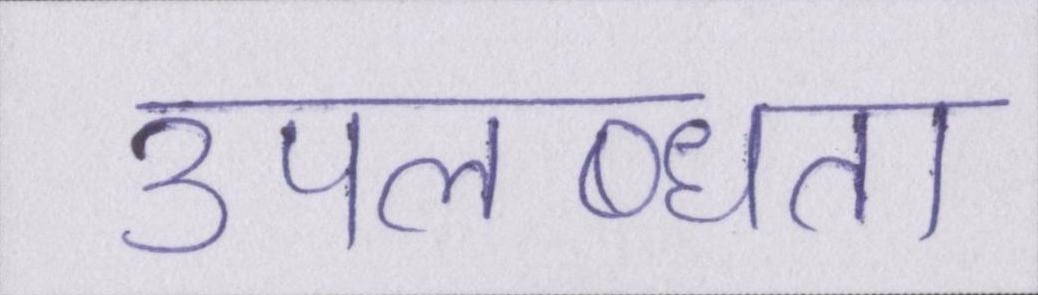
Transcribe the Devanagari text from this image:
उपलब्धता